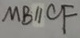
M B / / C F